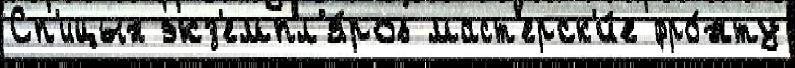
Сп'ицын экз'емпл'я́ров маст'ерск'и́е фро́нту